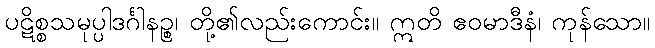
ပဋိစ္စသမုပ္ပါဒင်္ဂါနဉ္စ၊ တို့၏လည်းကောင်း။ ဣတိ ဧဝမာဒီနံ၊ ကုန်သော။